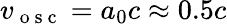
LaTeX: v_{\mathrm{~o~s~c~}}=a_{0}c\approx 0.5c